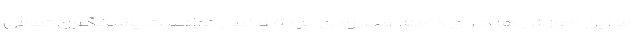
اما این آموزش ها دارای دامنه محدودی بوده و نمی توانست پاسخگوی تمامی